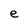
Character: e